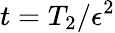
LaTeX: t=T_{2}/\epsilon^{2}